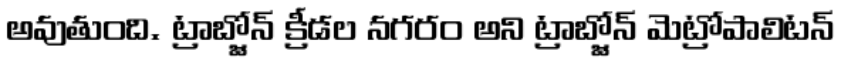
అవుతుంది. ట్రాబ్జోన్ క్రీడల నగరం అని ట్రాబ్జోన్ మెట్రోపాలిటన్